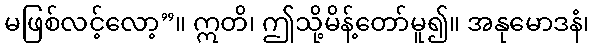
မဖြစ်လင့်လော့”။ ဣတိ၊ ဤသို့မိန့်တော်မူ၍။ အနုမောဒနံ၊